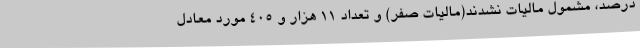
درصد، مشمول مالیات نشدند(مالیات صفر) و تعداد ۱۱ هزار و ۴۰۵ مورد معادل